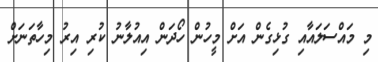
މި މައްސަލައާއި ގުޅިގެން އަށް މީހުން ހޯދަން އިއުލާނު ކުރި އިރު މިހާތަނަށް